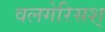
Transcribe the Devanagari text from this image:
वलगेरिसश्